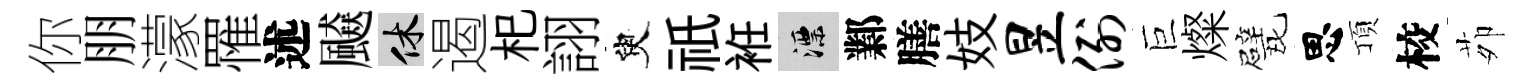
你朋濛罹述飇休遏𣏌詡臾祇袵漂鄴膳妓昱例巨燦甓思頂校茆